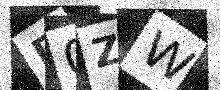
Text: D0ZW